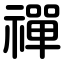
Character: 禪